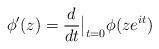
LaTeX: \begin{align*}\phi'(z)=\frac{d}{dt}\big|_{t=0}\phi(ze^{it})\end{align*}